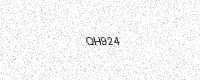
Text: QH924